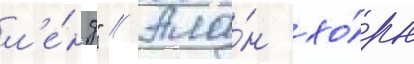
л'е́нд" // Ала́н хо́рн